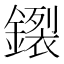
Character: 𰽊